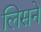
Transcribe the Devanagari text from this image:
लिसने